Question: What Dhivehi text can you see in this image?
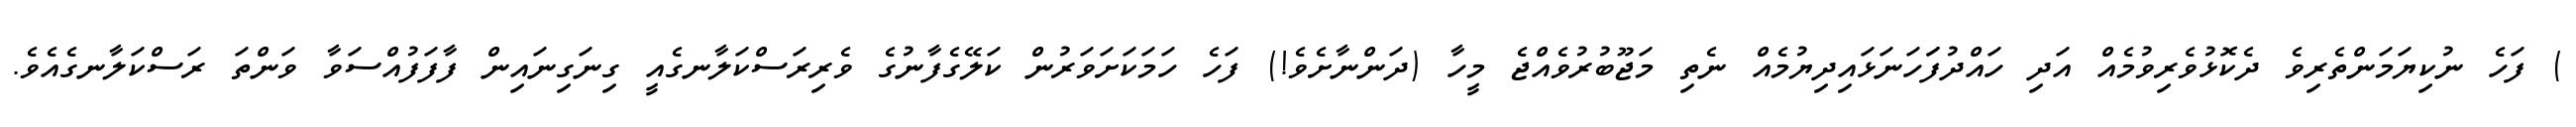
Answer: ) ފަހެ ނުކިޔަމަންތެރިވެ ދެކޮޅުވެރިވުމެއް އަދި ހައްދުފަަހަނަޅައިދިޔުމެއް ނެތި މަޖޫބުރުވެއްޖެ މީހާ (ދަންނާށެވެ!) ފަހެ ހަމަކަށަވަރުން ކަލޭގެފާނުގެ ވެރިރަސްކަލާނގެއީ ގިނަގިނައިން ފާފަފުއްސަވާ ވަންތަ ރަސްކަލާނގެއެވެ.